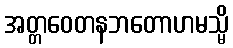
အတ္တဝေတနဘတောဟမသ္မိ